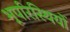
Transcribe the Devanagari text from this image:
भूपरिस्थियों